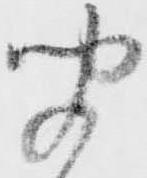
聞